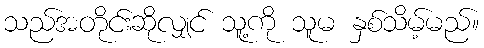
သည်အတိုင်းဆိုလျှင် သူ့ကို သူမ နှစ်သိမ့်မည်။